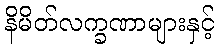
နိမိတ်လက္ခဏာများနှင့်